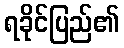
ရခိုင်ပြည်၏